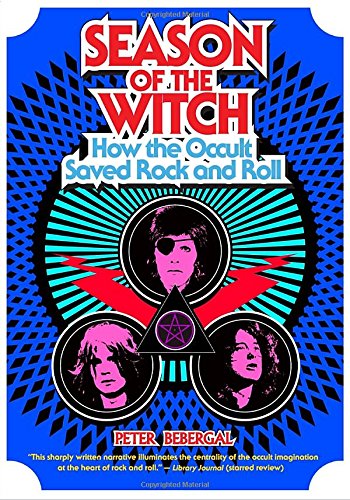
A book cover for Season of the Witch: How the Occult Saved Rock and Roll; Peter Bebergal; Religion & Spirituality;